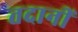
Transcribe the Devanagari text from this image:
तदानीं